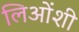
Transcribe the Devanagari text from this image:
लिओंशी